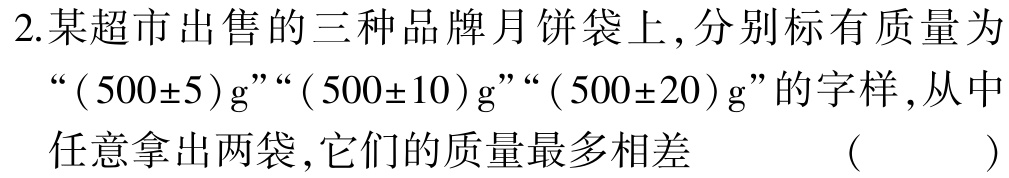
2.某超市出售的三种品牌月饼袋上,分别标有质量为“$(500\pm5)\text{g}$”“$(500\pm10)\text{g}$”“$(500\pm20)\text{g}$”的字样,从中任意拿出两袋,它们的质量最多相差 （  ）